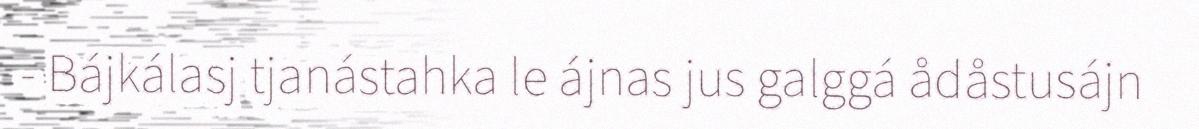
- Bájkálasj tjanástahka le ájnas jus galggá ådåstusájn